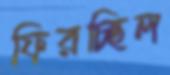
ফিরচ্ছিল